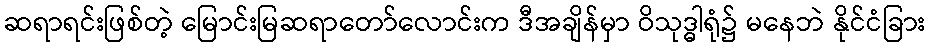
ဆရာရင်းဖြစ်တဲ့ မြောင်းမြဆရာတော်လောင်းက ဒီအချိန်မှာ ဝိသုဒ္ဓါရုံ၌ မနေဘဲ နိုင်ငံခြား